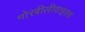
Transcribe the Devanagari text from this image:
मोरबीलीवाइरस